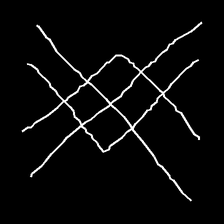
Glyph: crystal